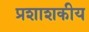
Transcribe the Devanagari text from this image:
प्रशाशकीय